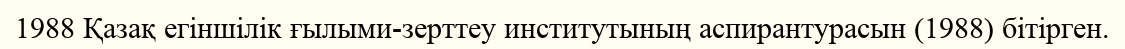
1988 Қазақ егіншілік ғылыми-зерттеу институтының аспирантурасын (1988) бітірген.